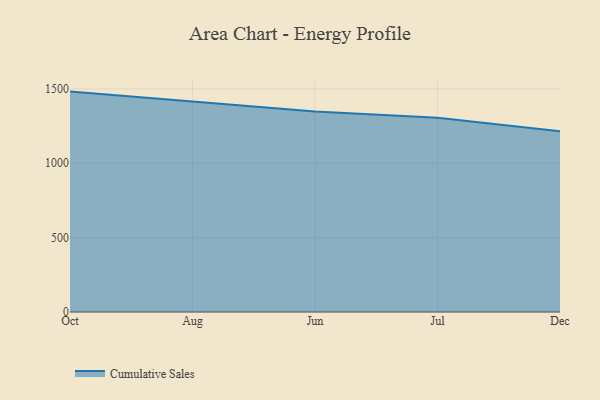
{"axis": {"x": "Month", "y": "Satisfaction Score"}, "legend": ["Cumulative Sales"], "data": [{"x": "Oct", "y": 1482.1, "type": "Cumulative Sales"}, {"x": "Aug", "y": 1415.6, "type": "Cumulative Sales"}, {"x": "Jun", "y": 1347.5, "type": "Cumulative Sales"}, {"x": "Jul", "y": 1306.1, "type": "Cumulative Sales"}, {"x": "Dec", "y": 1214.9, "type": "Cumulative Sales"}]}